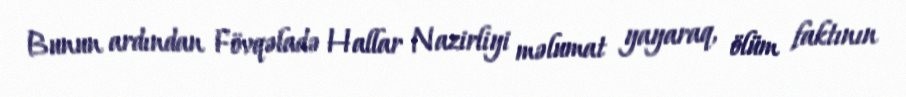
Bunun ardından Fövqəladə Hallar Nazirliyi məlumat yayaraq, ölüm faktının